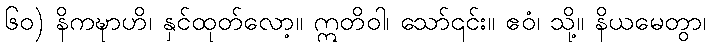
၆၀) နိကဍ္ဎာဟိ၊ နှင်ထုတ်လော့။ ဣတိဝါ၊ သော်၎င်း။ ဧဝံ၊ သို့။ နိယမေတွာ၊